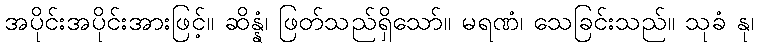
အပိုင်းအပိုင်းအားဖြင့်။ ဆိန္နံ၊ ဖြတ်သည်ရှိသော်။ မရဏံ၊ သေခြင်းသည်။ သုခံ နု၊